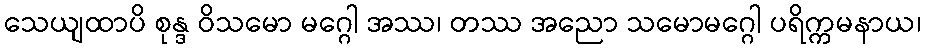
သေယျထာပိ စုန္ဒ ဝိသမော မဂ္ဂေါ အဿ၊ တဿ အညော သမောမဂ္ဂေါ ပရိက္ကမနာယ၊